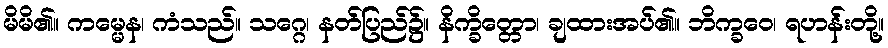
မိမိ၏။ ကမ္မေန၊ ကံသည်။ သဂ္ဂေ၊ နတ်ပြည်၌။ နိက္ခိတ္တော၊ ချထားအပ်၏။ ဘိက္ခဝေ၊ ရဟန်းတို့။